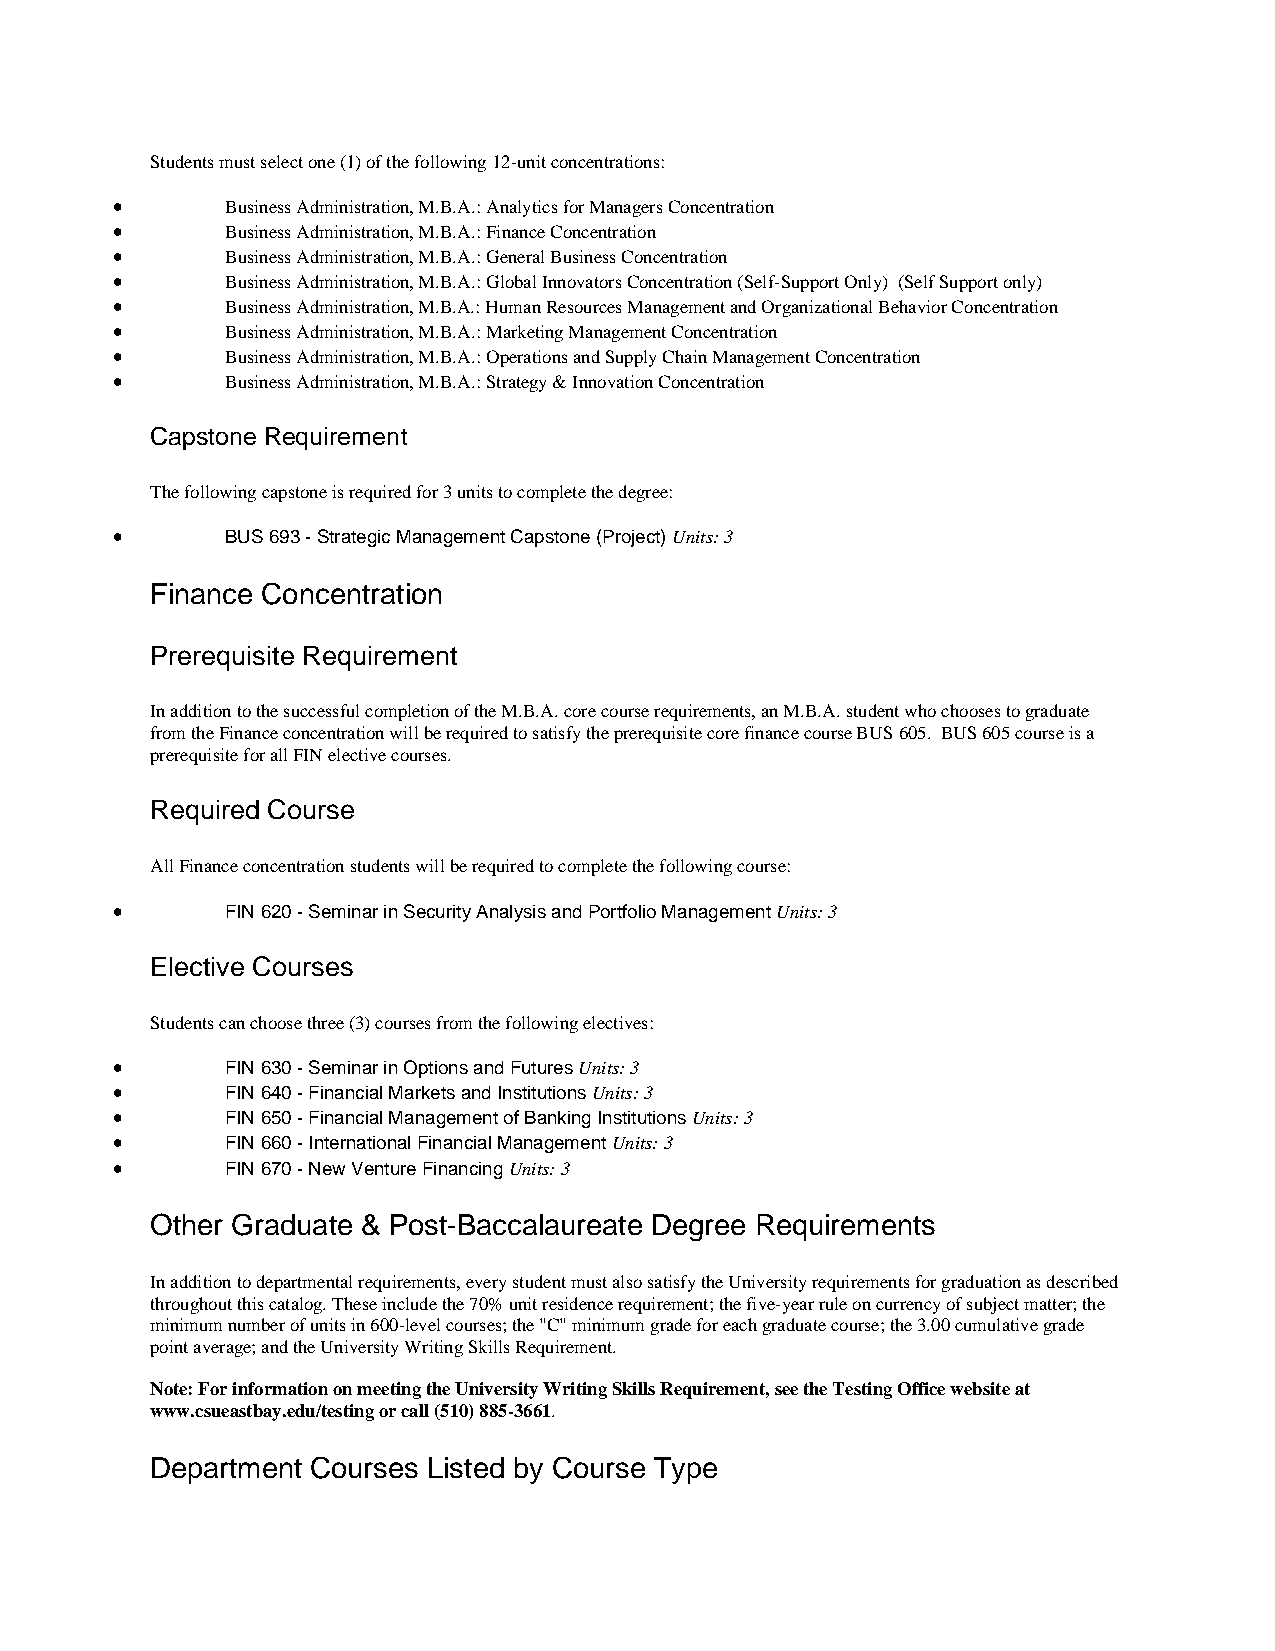
Students must select one (1) of the following 12-unit concentrations:
 •       Business Administration, M.B.A.: Analytics for Managers Concentration
 •       Business Administration, M.B.A.: Finance Concentration
 •       Business Administration, M.B.A.: General Business Concentration
 •       Business Administration, M.B.A.: Global Innovators Concentration (Self-Support Only) (Self Support only)
 •       Business Administration, M.B.A.: Human Resources Management and Organizational Behavior Concentration
 •       Business Administration, M.B.A.: Marketing Management Concentration
 •       Business Administration, M.B.A.: Operations and Supply Chain Management Concentration
 •       Business Administration, M.B.A.: Strategy & Innovation Concentration
 Capstone Requirement
 The following capstone is required for 3 units to complete the degree:
 •       BUS 693 - Strategic Management Capstone (Project) Units: 3
 Finance Concentration
 Prerequisite Requirement
 In addition to the successful completion of the M.B.A. core course requirements, an M.B.A. student who chooses to graduate
 from the Finance concentration will be required to satisfy the prerequisite core finance course BUS 605. BUS 605 course is a
 prerequisite for all FIN elective courses.
 Required Course
 All Finance concentration students will be required to complete the following course:
 •       FIN 620 - Seminar in Security Analysis and Portfolio Management Units: 3
 Elective Courses
 Students can choose three (3) courses from the following electives:
 •       FIN 630 - Seminar in Options and Futures Units: 3
 •       FIN 640 - Financial Markets and Institutions Units: 3
 •       FIN 650 - Financial Management of Banking Institutions Units: 3
 •       FIN 660 - International Financial Management Units: 3
 •       FIN 670 - New Venture Financing Units: 3
 Other Graduate & Post-Baccalaureate Degree Requirements
 In addition to departmental requirements, every student must also satisfy the University requirements for graduation as described
 throughout this catalog. These include the 70% unit residence requirement; the five-year rule on currency of subject matter; the
 minimum number of units in 600-level courses; the "C" minimum grade for each graduate course; the 3.00 cumulative grade
 point average; and the University Writing Skills Requirement.
 Note: For information on meeting the University Writing Skills Requirement, see the Testing Office website at
 www.csueastbay.edu/testing or call (510) 885-3661.
 Department Courses Listed by Course Type